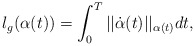
\begin{align*}\displaystyle l_g(\alpha(t))=\int_0^T||\dot\alpha(t)||_{\alpha(t)}dt,\end{align*}